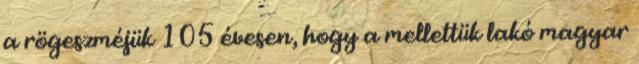
a rögeszméjük 105 évesen, hogy a mellettük lakó magyar